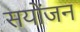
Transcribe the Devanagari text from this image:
सयोंजन